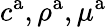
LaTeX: c^{\mathrm{a}},\rho^{\mathrm{a}},\mu^{\mathrm{a}}